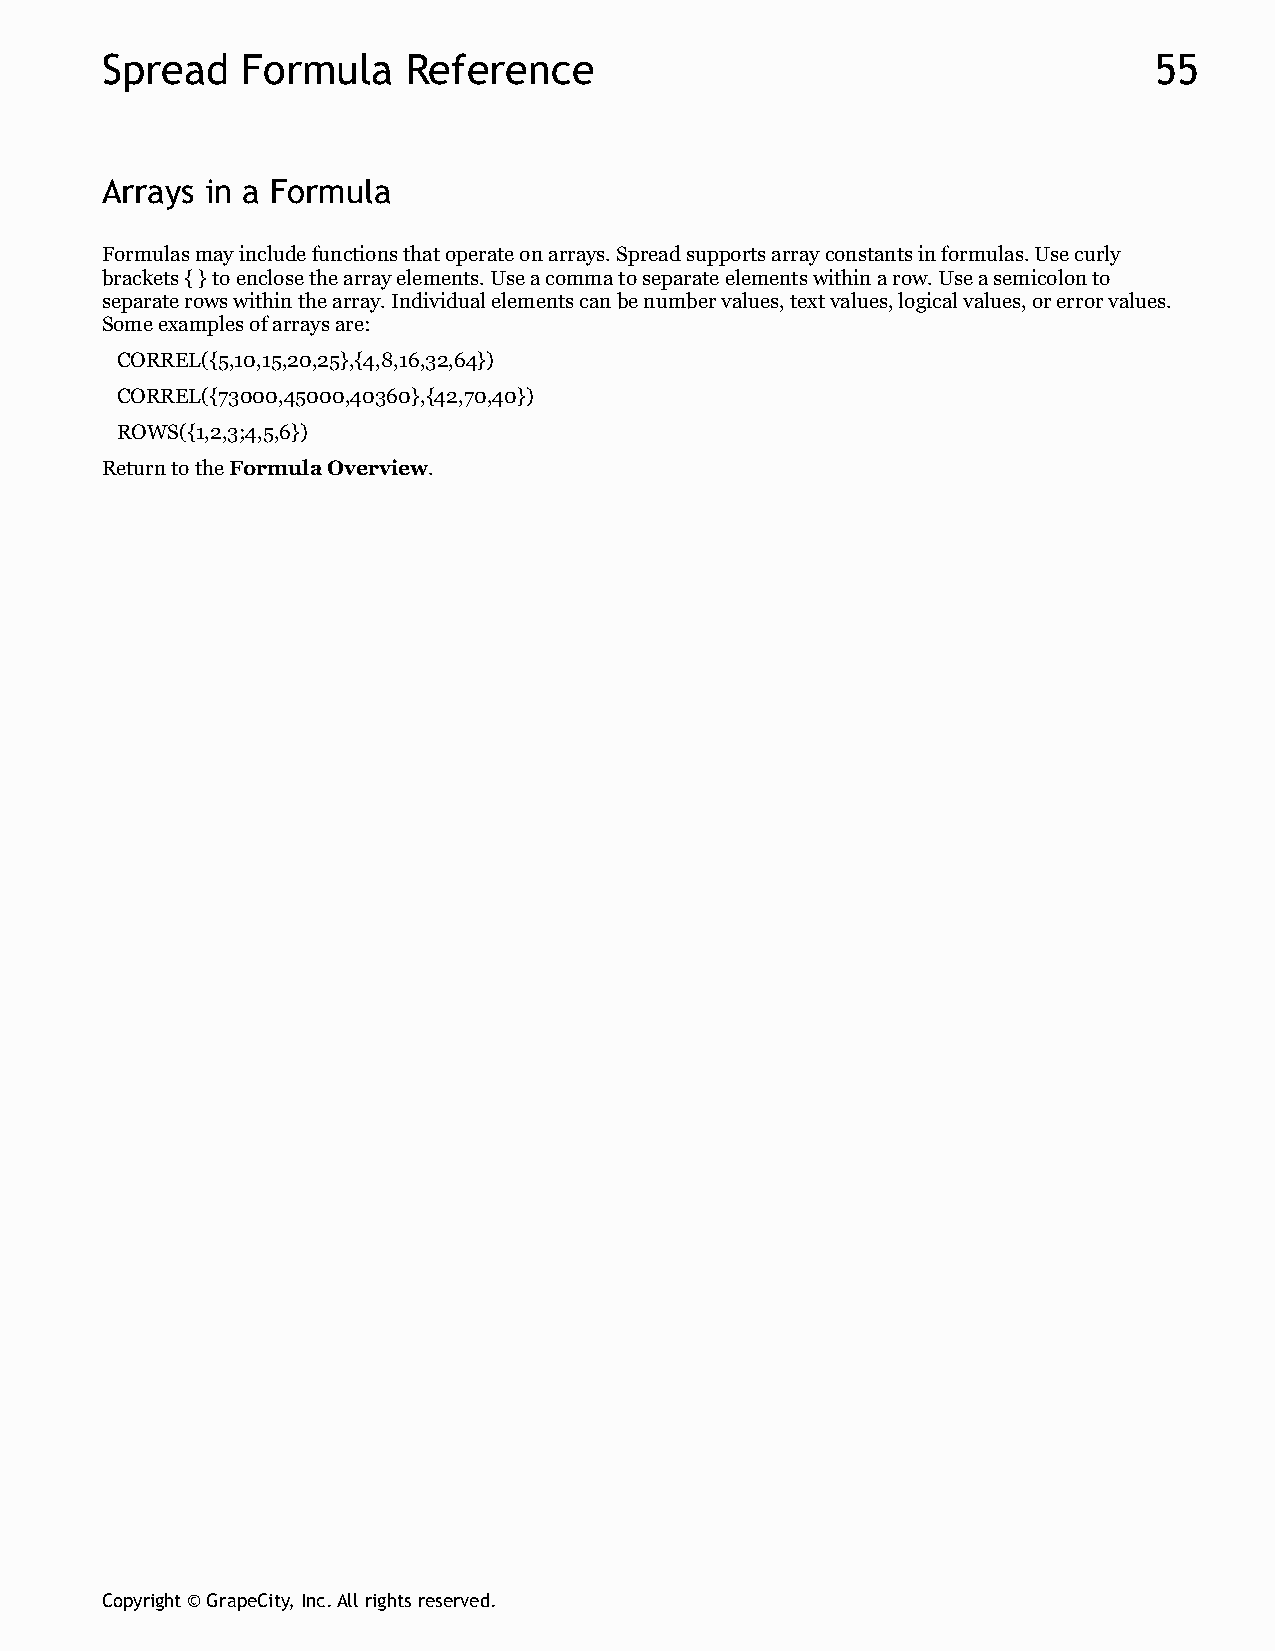
Spread   Formula    Reference                                        55
 Arrays in a Formula
 Formulas may include functions that operate on arrays. Spread supports array constants in formulas. Use curly
 brackets { } to enclose the array elements. Use a comma to separate elements within a row. Use a semicolon to
 separate rows within the array. Individual elements can be number values, text values, logical values, or error values.
 Some examples of arrays are:
 CORREL({5,10,15,20,25},{4,8,16,32,64})
 CORREL({73000,45000,40360},{42,70,40})
 ROWS({1,2,3;4,5,6})
 Return to the Formula Overview.
 Copyright © GrapeCity, Inc. All rights reserved.